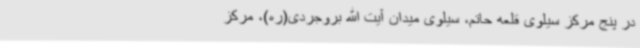
در پنج مرکز سیلوی قلعه حاتم، سیلوی میدان آیت الله بروجردی(ره)، مرکز